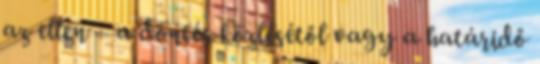
az ellen – a döntés közlésétől vagy a határidő